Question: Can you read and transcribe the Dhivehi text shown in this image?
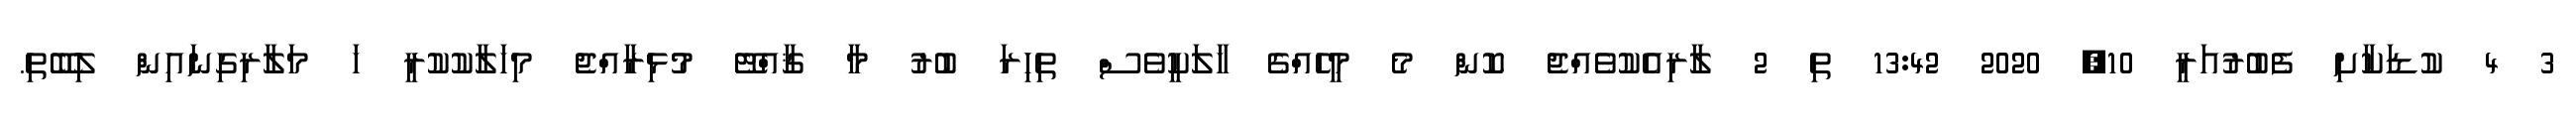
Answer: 3 4 ކުޑަކާށި ފެބުރުއަރީ 10, 2020 13:42 ތި 2 ލާރިއެކުވެއްޖެ ކޮން މެ މީހެއްގެ ހާލަކީވެސް ތިހިރަ ބުރު މާ ޤާއްޓޭ މުޅިރާއްޖެ މިހަލާކުކުރީ ހަ މަލާރިގިނައިން ލިބޭތި.